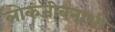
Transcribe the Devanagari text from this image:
लोकजीवनाशी